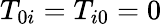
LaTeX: T_{0i}=T_{i0}=0